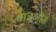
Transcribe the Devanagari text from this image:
चाचणीस